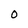
Character: 0